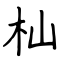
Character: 杣